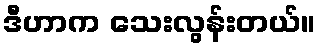
ဒီဟာက သေးလွန်းတယ်။